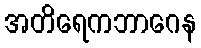
အတိရေကဘာဂေန